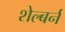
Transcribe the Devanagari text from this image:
शेल्बर्न